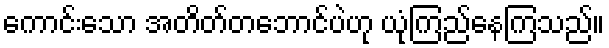
ကောင်းသော အတိတ်တဘောင်ပဲဟု ယုံကြည်နေကြသည်။